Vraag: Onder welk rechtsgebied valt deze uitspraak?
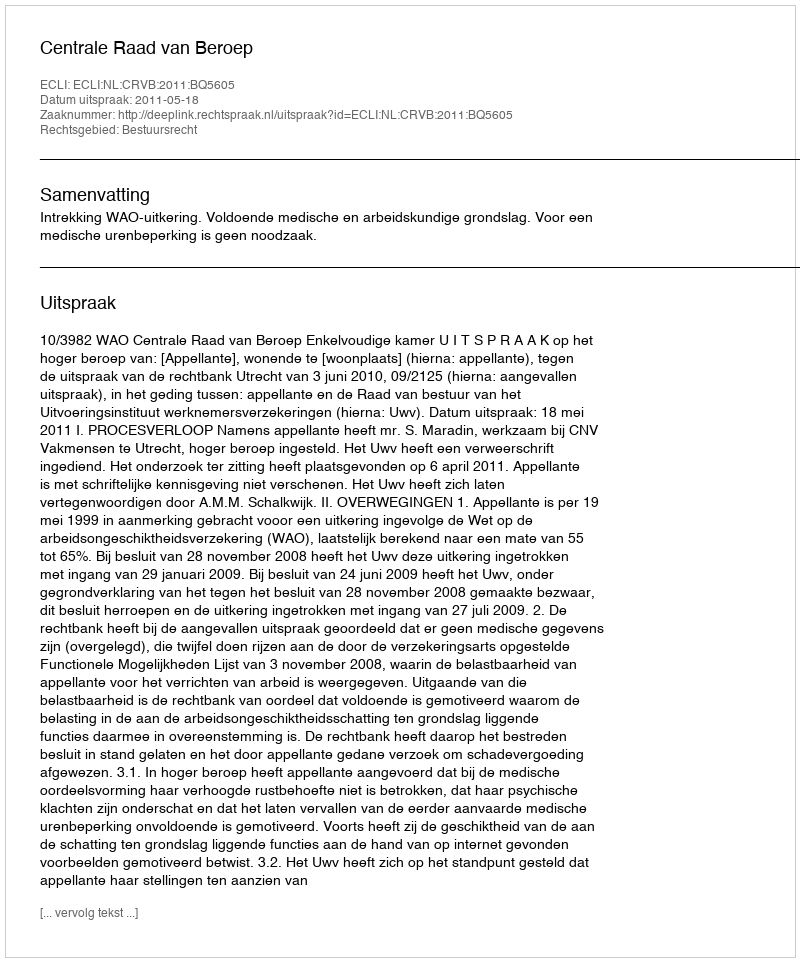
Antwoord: Bestuursrecht